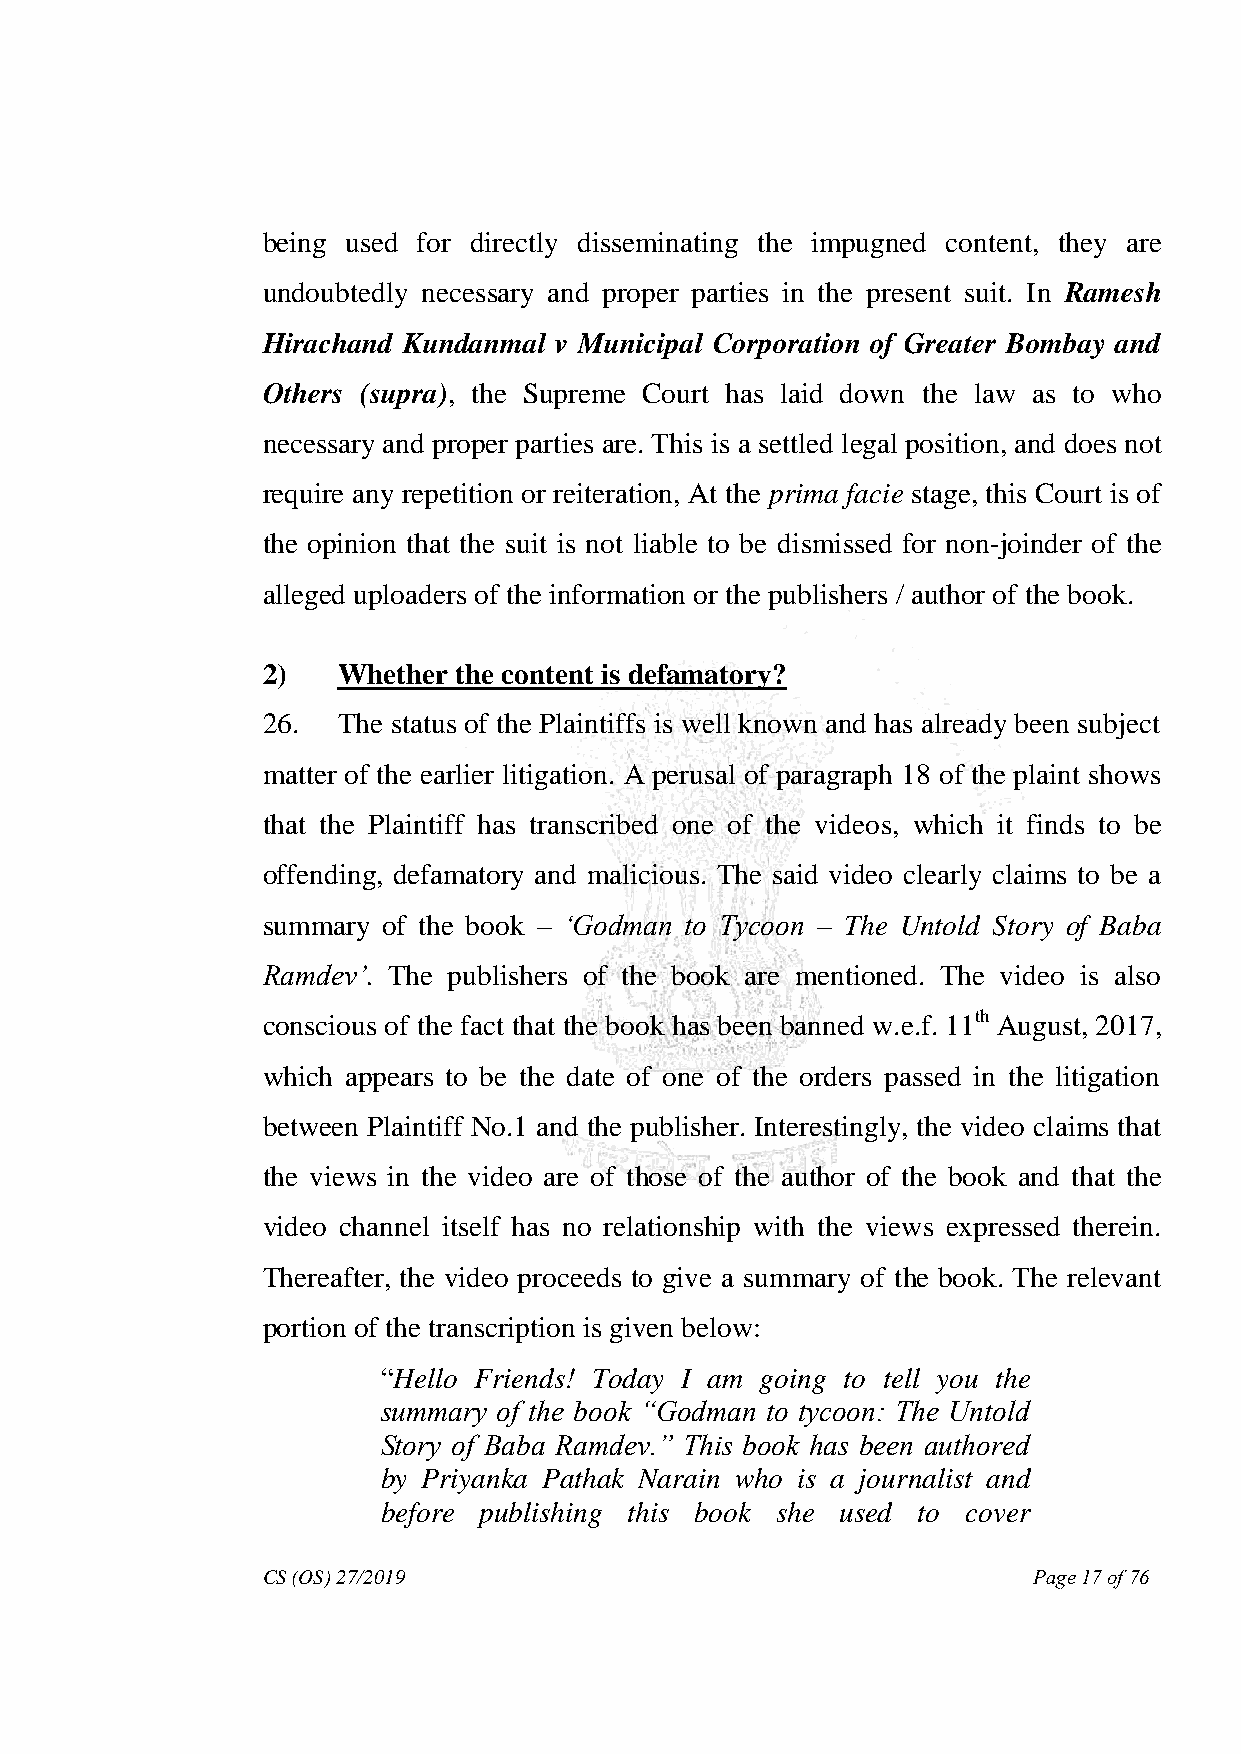
being used for directly disseminating the impugned content, they are
 undoubtedly necessary and proper parties in the present suit. In Ramesh
 Hirachand Kundanmal v Municipal Corporation of Greater Bombay and
 Others (supra), the Supreme Court has laid down the law as to who
 necessary and proper parties are. This is a settled legal position, and does not
 require any repetition or reiteration, At the prima facie stage, this Court is of
 the opinion that the suit is not liable to be dismissed for non-joinder of the
 alleged uploaders of the information or the publishers / author of the book.
 2)   Whether the content is defamatory?
 26.  The status of the Plaintiffs is well known and has already been subject
 matter of the earlier litigation. A perusal of paragraph 18 of the plaint shows
 that the Plaintiff has transcribed one of the videos, which it finds to be
 offending, defamatory and malicious. The said video clearly claims to be a
 summary of the book – ‗Godman to Tycoon – The Untold Story of Baba
 Ramdev‘. The publishers of the book are mentioned. The video is also
 conscious of the fact that the book has been banned w.e.f. 11th August, 2017,
 which appears to be the date of one of the orders passed in the litigation
 between Plaintiff No.1 and the publisher. Interestingly, the video claims that
 the views in the video are of those of the author of the book and that the
 video channel itself has no relationship with the views expressed therein.
 Thereafter, the video proceeds to give a summary of the book. The relevant
 portion of the transcription is given below:
 “Hello Friends! Today I am going to tell you the
 summary of the book ―Godman to tycoon: The Untold
 Story of Baba Ramdev.‖ This book has been authored
 by Priyanka Pathak Narain who is a journalist and
 before publishing this book she used to cover
 CS (OS) 27/2019                                    Page 17 of 76